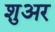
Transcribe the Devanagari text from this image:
शुअर